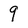
Character: 9